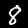
Digit: 8